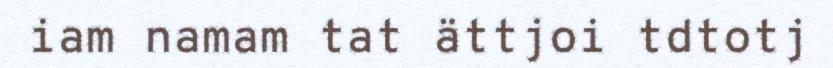
iam namam tat ättjoi tdtotj